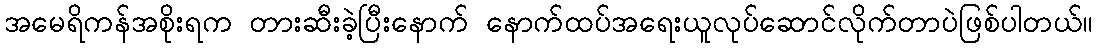
အမေရိကန်အစိုးရက တားဆီးခဲ့ပြီးနောက် နောက်ထပ်အရေးယူလုပ်ဆောင်လိုက်တာပဲဖြစ်ပါတယ်။